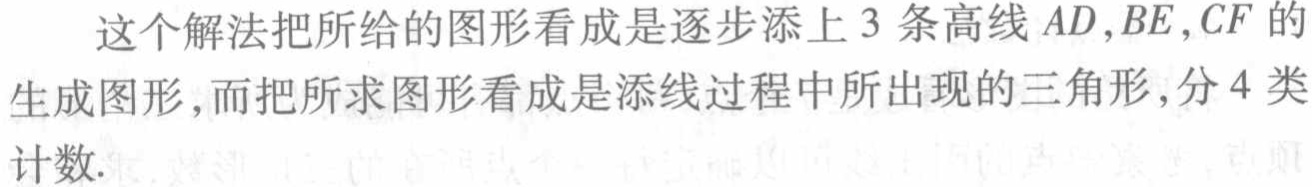
这个解法把所给的图形看成是逐步添上 3 条高线 \(AD,BE,CF\) 的生成图形，而把所求图形看成是添线过程中所出现的三角形，分 4 类计数.